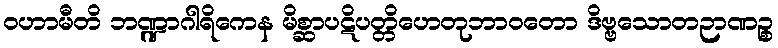
ဝဟာမီတိ ဘဏ္ဍာဂါရိကေန မိစ္ဆာပဋိပတ္တိဟေတုဘာဝတော ဒိဗ္ဗသောတဉာဏဉ္စ